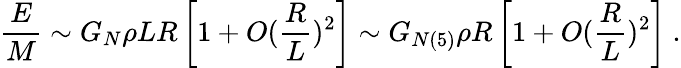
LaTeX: {\frac{E}{M}}\sim G_{N}\rho LR\left[1+O({\frac{R}{L}})^{2}\right]\sim G_{N(5)}\rho R\left[1+O({\frac{R}{L}})^{2}\right]~.